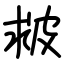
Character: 皳